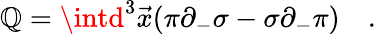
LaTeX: \mathbb{Q}=\intd^{3}\vec{{x}}(\pi\partial_{-}\sigma-\sigma\partial_{-}\pi)\quad.